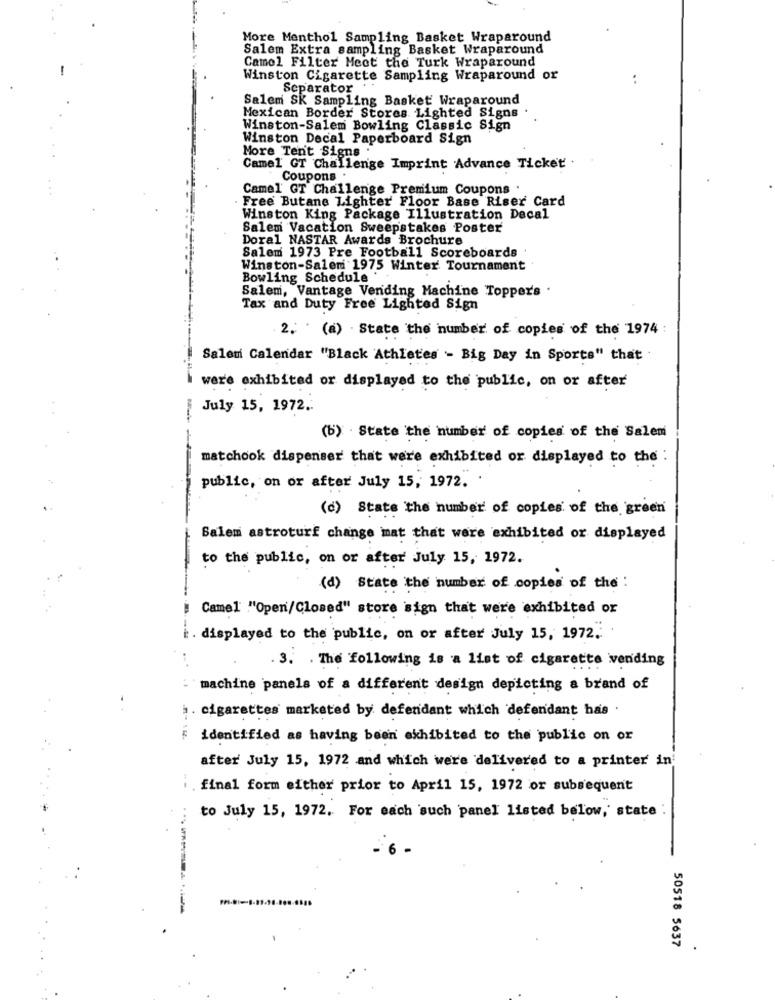
More Menthol Sampling Basket Wraparound
Salem Extra sampling Basket Wraparound
Camel Filter Meet the Turk Wraparound
Winston Cigarette Sampling Wraparound or
..
Separator
Salem Sk Sampling Basket Wraparound
Mexican Border Stores Lighted Signs
Winston-Salem Bowling Classic Sign
Winston Decal Paperboard Sign
More Ten't Signs
Camel GT Challenge Imprint Advance Ticket
Coupons .
Camel GT Challenge Premium Coupons .
Free Butane Lighter Floor Base Riser Card
Winston King Package Illustration Decal
Salem Vacation Sweepstakes Poster
Doral NASTAR Awards Brochure
Salem 1973 Pre Football Scoreboards .
Winston-Salem 1975 Winter Tournament
Bowling Schedule
Salem, Vantage Vending Machine Topper's .
Tax and Duty Free Lighted Sign
2. (a) . State the number of copies of the 1974 :
Salem Calendar "Black 'Athletes - Big Day in Sports" that
wer'e exhibited or displayed to the public, on or after
July 15, 1972.
(b) - State the number of copies of the Salem
matchook dispenser that were exhibited or displayed to the :
public, on or after July 15, 1972.
(d) State the number of copies of the green
Salem astroturf change mat that were exhibited or displayed
to the public, on or after July 15, 1972.
--------
(d) State the number of copies of the :
Camel "Open/Closed" store sign that were exhibited or
. displayed to the public, on or after July 15, 1972.
. 3. . The following is a list of cigarette vending
machine panels of a different design depicting a brand of
. cigarettes marketed by defendant which defendant has .
1 1.
identified as having been exhibited to the public on or
after July 15, 1972 and which were delivered to a printer in
final form either prior to April 15, 1972 or subsequent
to July 15, 1972. For each such panel listed below, state :
.6
50518 5637